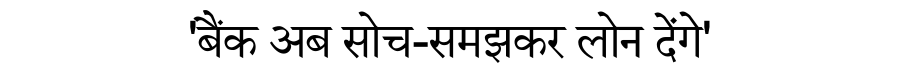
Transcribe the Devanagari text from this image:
'बैंक अब सोच-समझकर लोन देंगे'